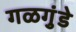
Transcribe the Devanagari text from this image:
गळगुंडे